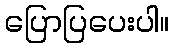
ပြောပြပေးပါ။